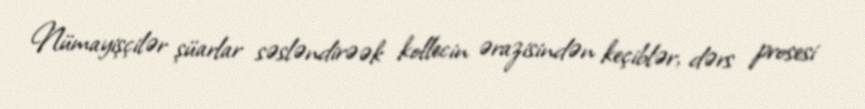
Nümayişçilər şüarlar səsləndirəək kollecin ərazisindən keçiblər, dərs prosesi